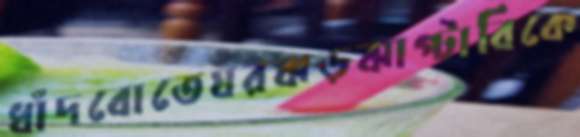
ধাঁদবোতেঘরঝড়ঝাপ্টাবিকে